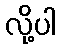
လို့ပါ